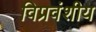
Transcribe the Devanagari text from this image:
विप्रवंशीय